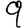
Digit: 9